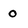
Character: 0